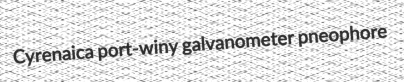
Cyrenaica port-winy galvanometer pneophore